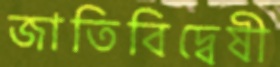
জাতিবিদ্বেষী